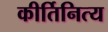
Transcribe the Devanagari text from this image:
कीर्तिनित्य